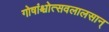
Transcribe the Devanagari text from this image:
गोषांश्चोत्सवलालसान्‌